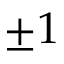
\pm 1